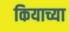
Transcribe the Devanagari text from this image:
कियाच्या